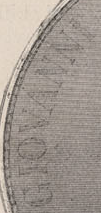
GIOVANNI